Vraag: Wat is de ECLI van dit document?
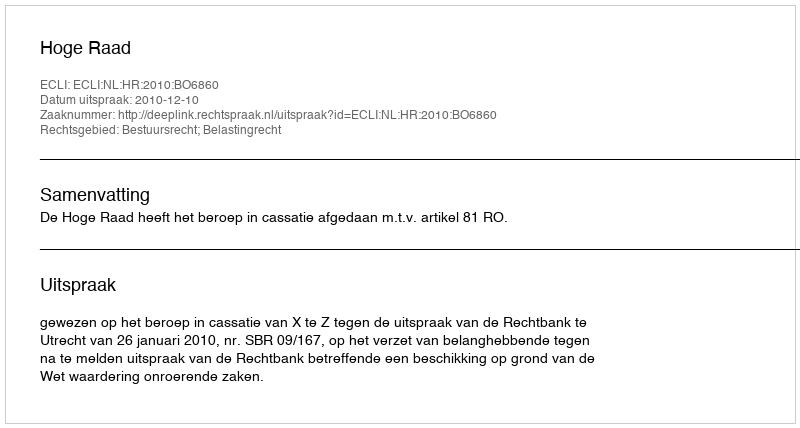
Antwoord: ECLI:NL:HR:2010:BO6860